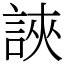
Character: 䛟